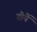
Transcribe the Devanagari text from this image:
गौर्यै